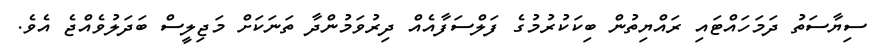
ސިޔާސަތު ދަމަހައްޓައި ރައްޔިތުން ބިކަކުރުމުގެ ފަލްސަފާއެއް ދިރުވަމުންދާ ތަނަކަށް މަޖިލީސް ބަދަލުވެއްޖެ އެވެ.